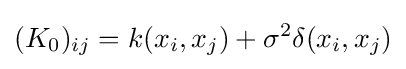
(K_{0})_{ij}=k(x_{i},x_{j})+\sigma ^{2}\delta (x_{i},x_{j})